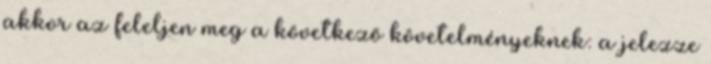
akkor az feleljen meg a következõ követelményeknek: a jelezze